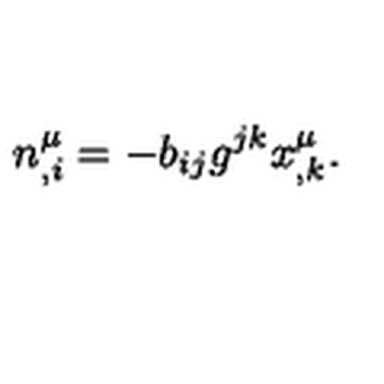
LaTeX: n _ { , i } ^ { \mu } = - b _ { i j } g ^ { j k } x _ { , k } ^ { \mu } .